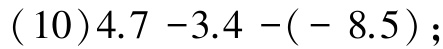
$(10)4.7 - 3.4 - (- 8.5);$